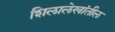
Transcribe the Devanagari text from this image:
शिलालेखांतील